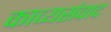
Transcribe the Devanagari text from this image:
काव्यसंवाद